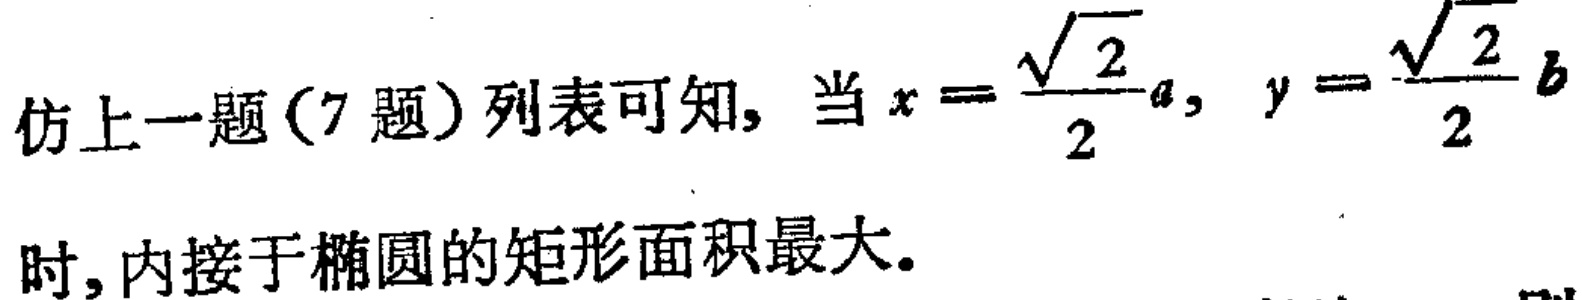
仿上一题（7 题）列表可知, 当 \(x = \frac{\sqrt{2}}{2}a, y = \frac{\sqrt{2}}{2}b\) 时, 内接于椭圆的矩形面积最大.